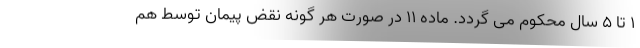
۱ تا ۵ سال محکوم می گردد. ماده ۱۱ در صورت هر گونه نقض پیمان توسط هم